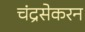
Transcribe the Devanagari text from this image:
चंद्रसेकरन